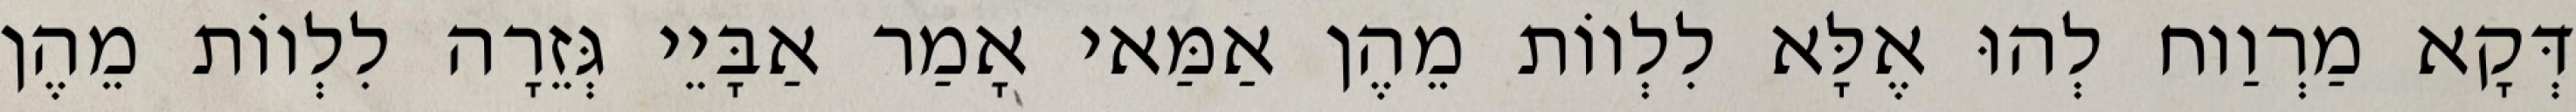
דְּקָא מַרְוַוח לְהוּ אֶלָּא לִלְווֹת מֵהֶן אַמַּאי אָמַר אַבָּיֵי גְּזֵרָה לִלְווֹת מֵהֶן